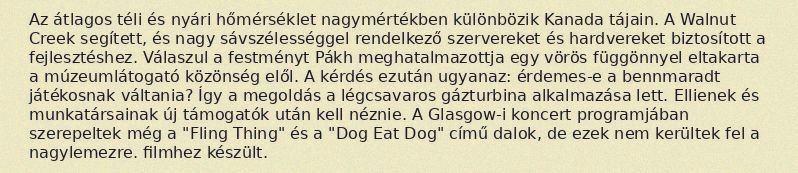
Az átlagos téli és nyári hőmérséklet nagymértékben különbözik Kanada tájain. A Walnut Creek segített, és nagy sávszélességgel rendelkező szervereket és hardvereket biztosított a fejlesztéshez. Válaszul a festményt Pákh meghatalmazottja egy vörös függönnyel eltakarta a múzeumlátogató közönség elől. A kérdés ezután ugyanaz: érdemes-e a bennmaradt játékosnak váltania? Így a megoldás a légcsavaros gázturbina alkalmazása lett. Ellienek és munkatársainak új támogatók után kell néznie. A Glasgow-i koncert programjában szerepeltek még a "Fling Thing" és a "Dog Eat Dog" című dalok, de ezek nem kerültek fel a nagylemezre. filmhez készült.